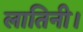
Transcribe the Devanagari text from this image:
लातिनी।